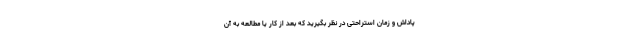
پاداش و زمان استراحتی در نظر بگیرید که بعد از کار یا مطالعه به آن